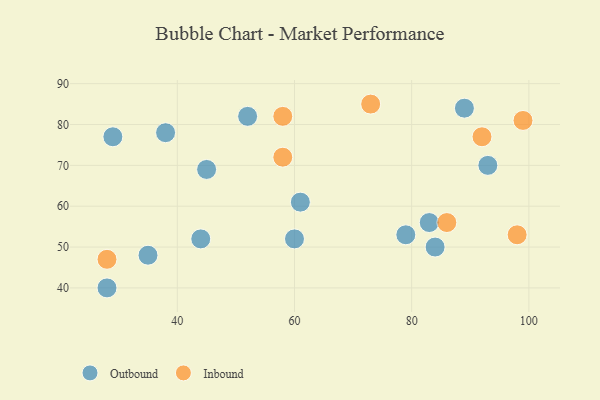
{"axis": {"x": "GDP", "y": "Life Expectancy"}, "legend": ["Inbound", "Outbound"], "data": [{"x": "28", "y": 40, "type": "Outbound"}, {"x": "61", "y": 61, "type": "Outbound"}, {"x": "89", "y": 84, "type": "Outbound"}, {"x": "52", "y": 82, "type": "Outbound"}, {"x": "83", "y": 56, "type": "Outbound"}, {"x": "79", "y": 53, "type": "Outbound"}, {"x": "38", "y": 78, "type": "Outbound"}, {"x": "93", "y": 70, "type": "Outbound"}, {"x": "29", "y": 77, "type": "Outbound"}, {"x": "44", "y": 52, "type": "Outbound"}, {"x": "45", "y": 69, "type": "Outbound"}, {"x": "35", "y": 48, "type": "Outbound"}, {"x": "60", "y": 52, "type": "Outbound"}, {"x": "84", "y": 50, "type": "Outbound"}, {"x": "28", "y": 47, "type": "Inbound"}, {"x": "58", "y": 82, "type": "Inbound"}, {"x": "99", "y": 81, "type": "Inbound"}, {"x": "92", "y": 77, "type": "Inbound"}, {"x": "58", "y": 72, "type": "Inbound"}, {"x": "98", "y": 53, "type": "Inbound"}, {"x": "73", "y": 85, "type": "Inbound"}, {"x": "86", "y": 56, "type": "Inbound"}]}